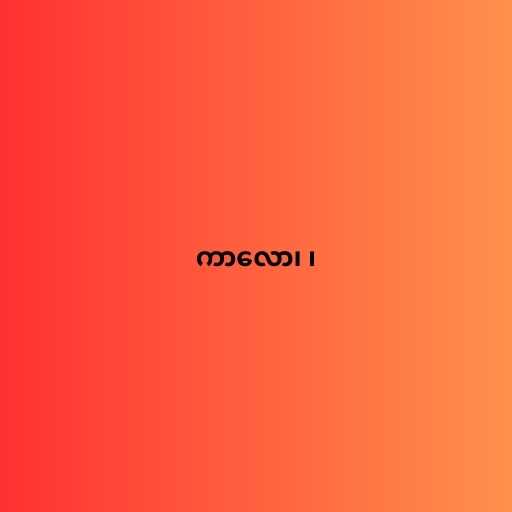
ကာလော၊ ၊